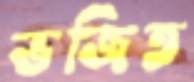
ভজিত